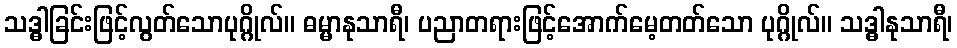
သဒ္ဓါခြင်းဖြင့်လွတ်သောပုဂ္ဂိုလ်။ ဓမ္မာနုသာရီ၊ ပညာတရားဖြင့်အောက်မေ့တတ်သော ပုဂ္ဂိုလ်။ သဒ္ဓါနုသာရီ၊